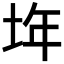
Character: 𡋂